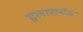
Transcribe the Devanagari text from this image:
हुलासगंज